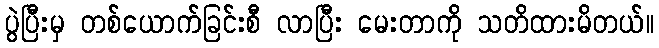
ပွဲပြီးမှ တစ်ယောက်ခြင်းစီ လာပြီး မေးတာကို သတိထားမိတယ်။